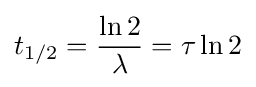
t_{1/2}={\frac {\ln 2}{\lambda }}=\tau \ln 2